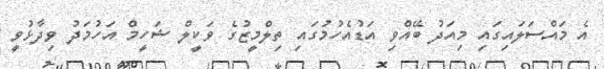
އެ މައްސަލައިގައި މިއަދު ބޭއްވި އަޑުއެހުމުގައި ތިލްމީޒުގެ ވަކީލް ޝަހީމް އަހުމަދު ވިދާޅުވީ